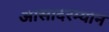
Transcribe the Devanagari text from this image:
आसादरम्यान